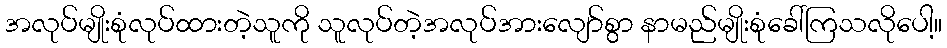
အလုပ်မျိုးစုံလုပ်ထားတဲ့သူကို သူလုပ်တဲ့အလုပ်အားလျော်စွာ နာမည်မျိုးစုံခေါ်ကြသလိုပေါ့။